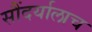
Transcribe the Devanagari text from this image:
सौंदर्यालाच